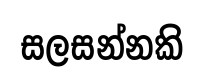
සලසන්නකි